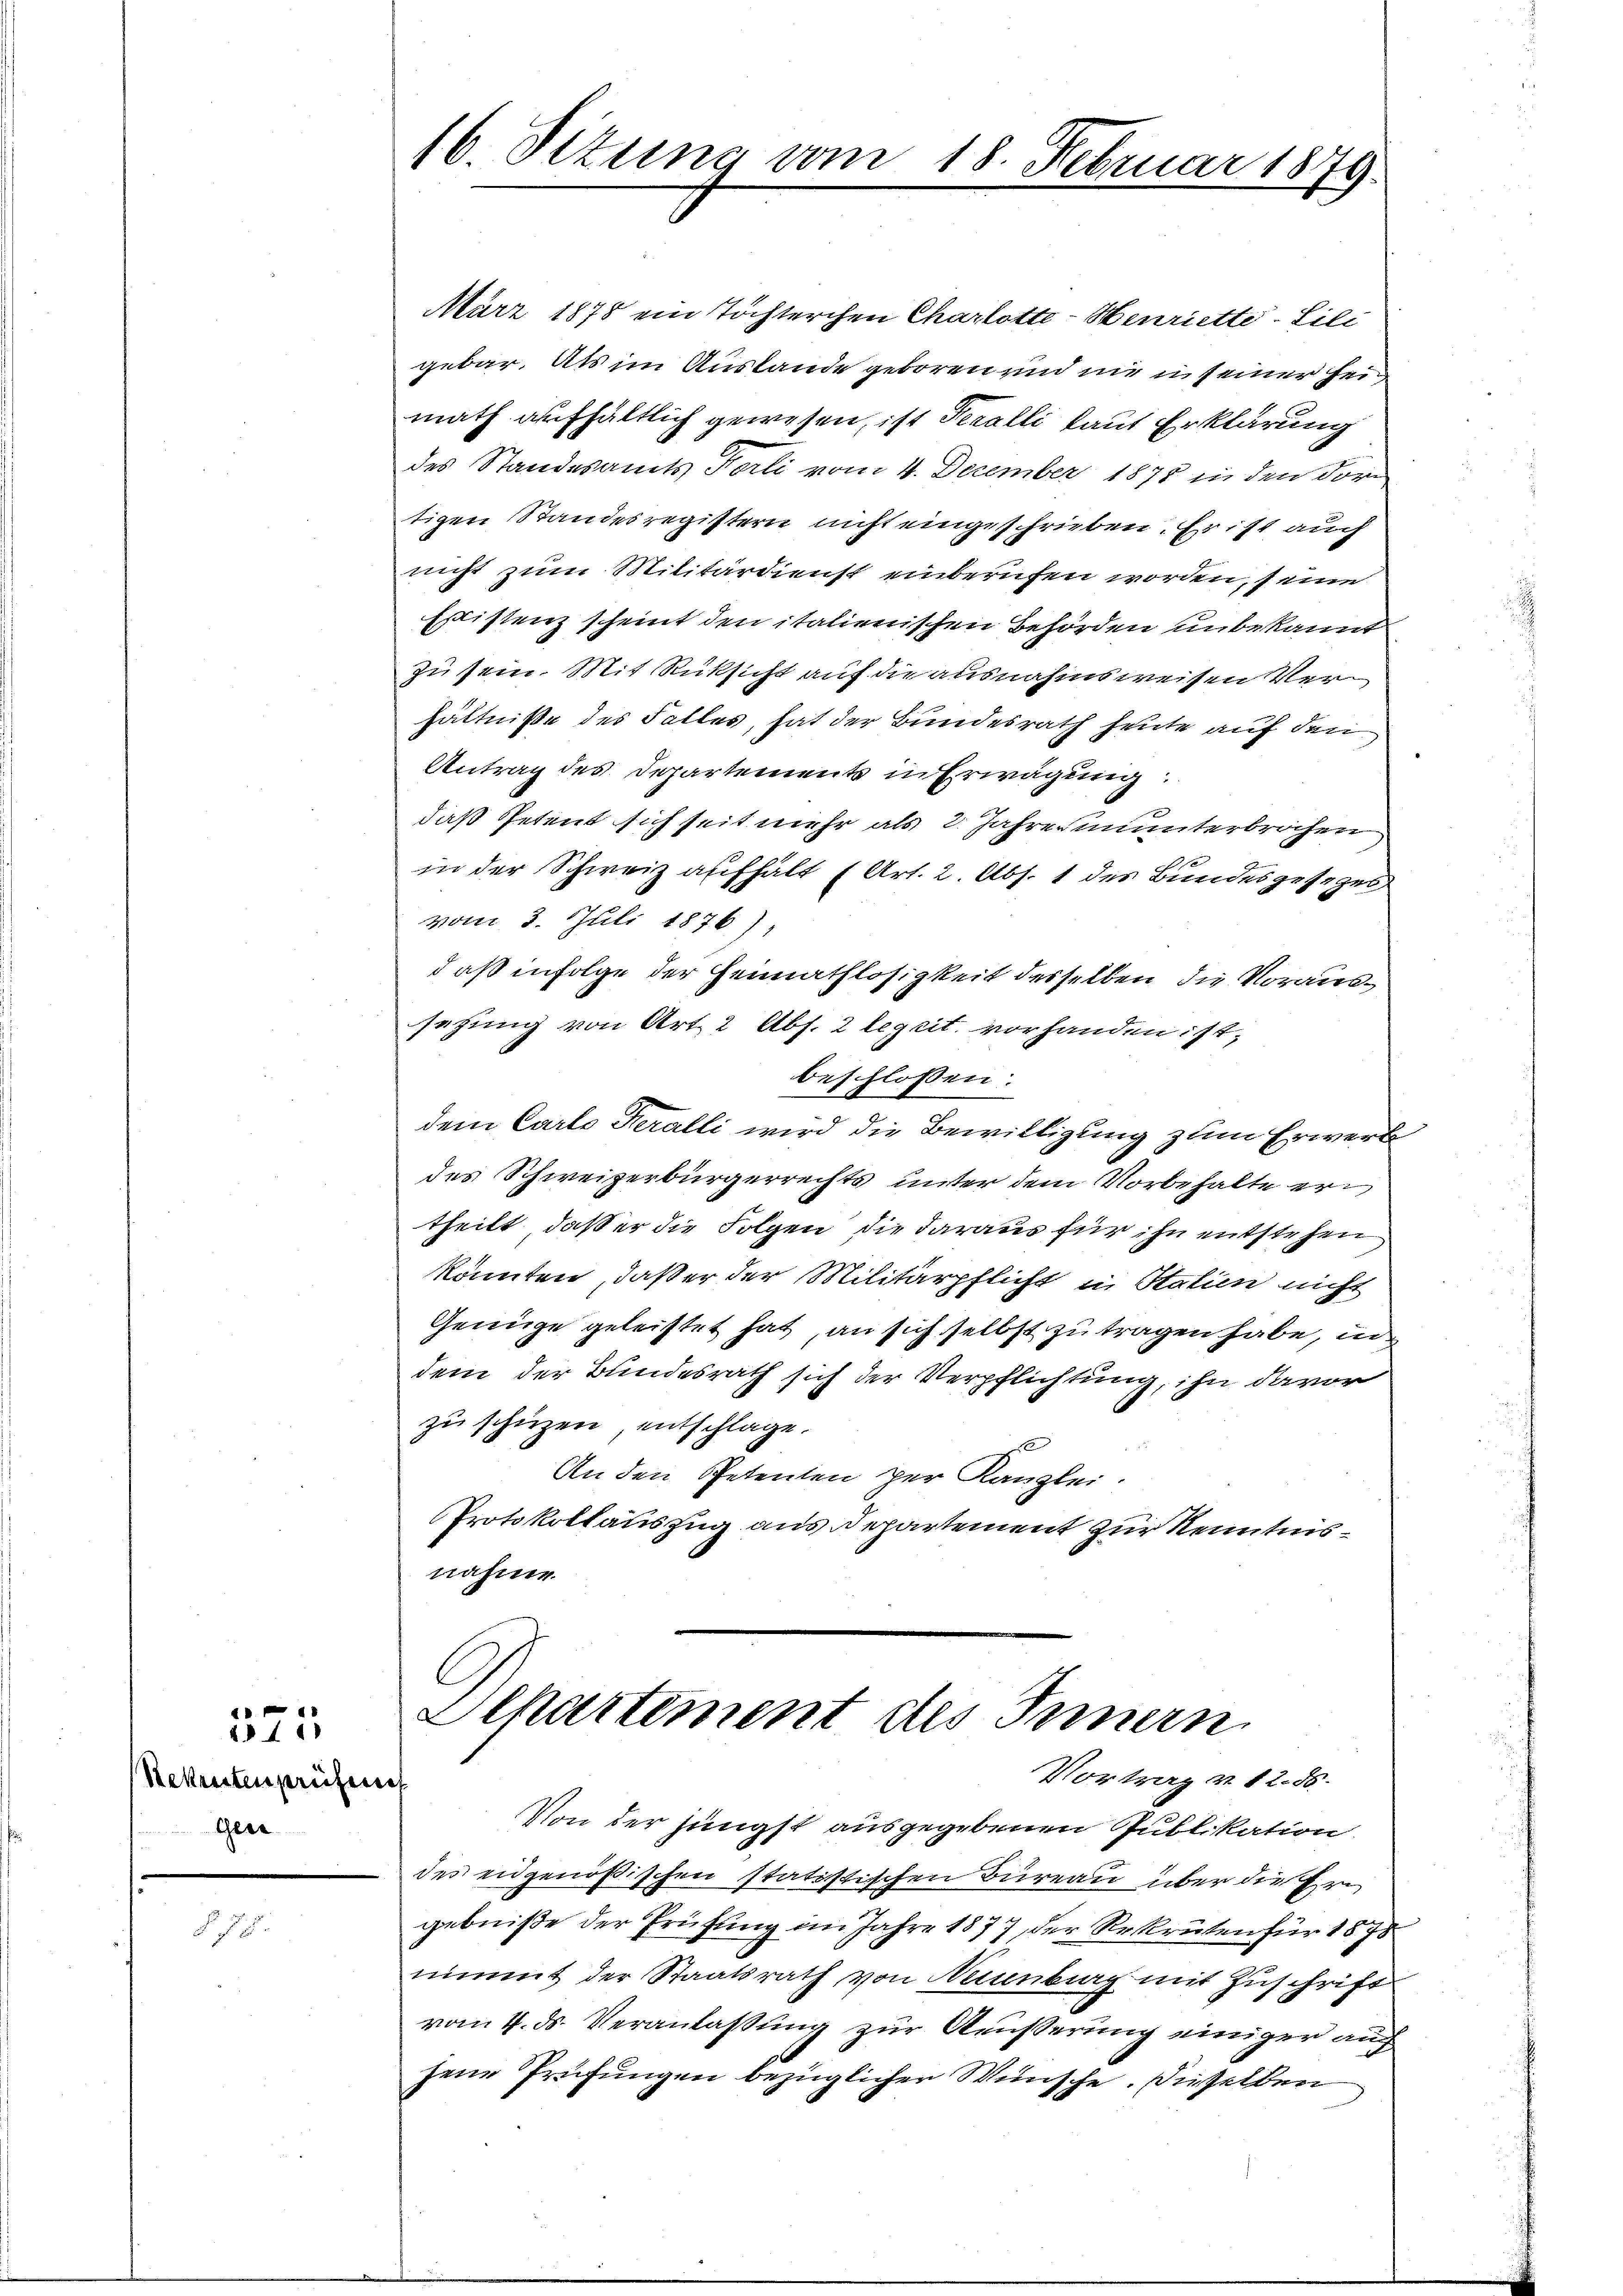
t
211

Rekruten prüfen
Gese

16 Situng vom 18. Februar 1879.

März 1878 ein Tochterchen Charlotte - Henriette-Lili
gebar. Als im Auslande geboren und nie u seiner Hei
math aufhältlich gewesen, ist Feralli laut Erklärung
des Standesamts Forli vom 4. Dezember 1875 in den For
tigen Standesregistern nicht eingeschrieben. Er ist auch
nicht zum Militärdienst einberufen worden, seine
Esistenz scheint den italienischen Behörden unbekannt
zu sein. Mit Rüksicht auf die ausnahmsweisen Verhältniße des Falles, hat der Bundesrath heute auf den
Antrag des Departements in Erwägung.
daß Petent sich seit mehr als 2. Jahrer ununterbrochen
in der Schweiz aufhält (Art. 2. Abs. 1 des Bundesgesezes
vom 3. Juli 1876),
daß infolge der Heimathlosigkeit desselben die Voraussetzung von Art. 2 Abs. 2 legcit. vorhanden ist,
beschlossen:
dem Carto Geralli wird die Bewilligung zum Erwerbe
des Schweizerbürgerrechts unter dem Vorbehalte ertheilt, daß er die Folgen die daraus für ihn entstehen
könnten, daß er der Militärpflicht in Statien nicht
Genüge geleistet hat, an sich selbst zu tragen habe, in
dem der Bundesrath sich der Verpflichtung, ihn davor
zu schützen, entschlage.
1
An den Petenten per Kanzlei.
Protokollauszug aus Departement zur Kenntnisnahme.
C

Departement des Innern
Vortrag v. 12. 55.

Von der jüngst ausgegebenen Publikation.
des eidgenößischen statistischen Bureau über die Ern
gebniße der Prüfung im Jahre 1877 der Rekruten für 1878
nimmt der Staatsrath, von Neunburg mit Zuschrift
vom 4. ds. Veranlassung zur Ausserung einiger auch
jene Prüfungen bezüglicher Wünsche. Dieselben